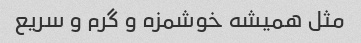
مثل همیشه خوشمزه و گرم و سریع